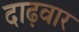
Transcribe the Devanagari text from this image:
दाढ़वार